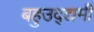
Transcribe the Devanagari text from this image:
बहुउद्द्यमी